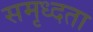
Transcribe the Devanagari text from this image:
समृध्दता